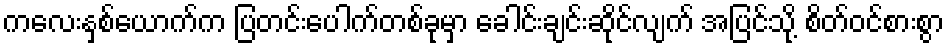
ကလေးနှစ်ယောက်က ပြတင်းပေါက်တစ်ခုမှာ ခေါင်းချင်းဆိုင်လျက် အပြင်သို့ စိတ်ဝင်စားစွာ